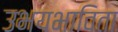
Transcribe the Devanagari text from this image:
उभयभाविता